画像に写った文字を読んでください
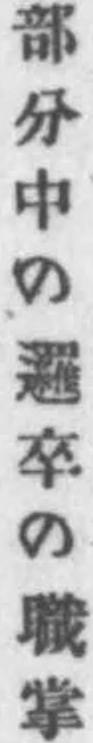
「部分中の邏卒の職掌」と書いてあります